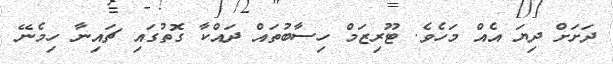
ދަށަށް ދިޔަ އެއް މަހެވެ. ޓޫރިޒަމް ހިސާބުތައް ދައްކާ ގޮތުގައި ޗައިނާ ހިމެނޭ